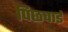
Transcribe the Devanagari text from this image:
पिछवाई